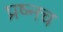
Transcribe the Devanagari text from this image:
प्रष्नच